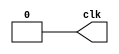
module clk1 (
    output clk
);//占空比50%的时钟信号
   parameter clk_period = 10;
   reg clk;
   initial begin
       $dumpfile("tb_clk1");
       $dumpvars(0,clk1);
       clk=0;
       repeat(10) begin
           #clk_period clk=~clk;
       end
   end 
endmodule